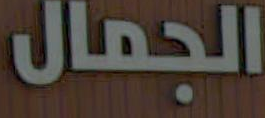
الجمال